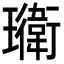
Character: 𭺎